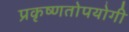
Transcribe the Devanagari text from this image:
प्रकृष्णतोपयोगी